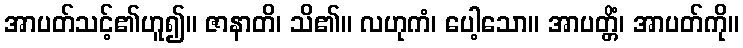
အာပတ်သင့်၏ဟူ၍။ ဇာနာတိ၊ သိ၏။ လဟုကံ၊ ပေါ့သော။ အာပတ္တိံ၊ အာပတ်ကို။